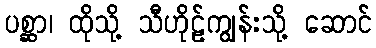
ပစ္ဆာ၊ ထိုသို့ သီဟိုဠ်ကျွန်းသို့ ဆောင်